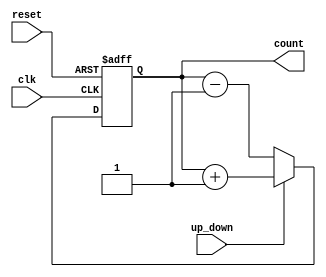
module multi_bit_counter (
    input wire clk,          // Clock signal
    input wire reset,        // Asynchronous reset signal
    input wire up_down,      // Control signal: 1 for up counting, 0 for down counting
    output reg [3:0] count   // 4-bit output count
);

    // Asynchronous reset and counting logic
    always @(posedge clk or posedge reset) begin
        if (reset) begin
            count <= 4'b0000; // Reset count to 0
        end else begin
            if (up_down) begin
                count <= count + 1; // Increment count
            end else begin
                count <= count - 1; // Decrement count
            end
        end
    end

endmodule